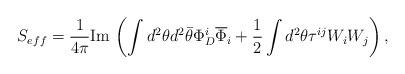
LaTeX: \begin{align*}S_{eff}={1\over 4\pi}{\rm Im}\,\left(\int d^2\theta d^2\bar\theta\Phi^i_D\overline \Phi_i+{1\over 2}\int d^2\theta\tau^{ij}W_iW_j\right),\end{align*}